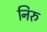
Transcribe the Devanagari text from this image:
निरु